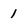
Character: 1